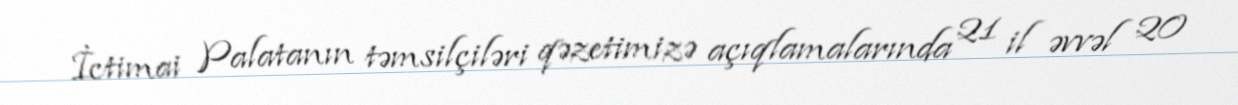
İctimai Palatanın təmsilçiləri qəzetimizə açıqlamalarında 21 il əvvəl 20